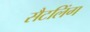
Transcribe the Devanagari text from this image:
सैटलिंग